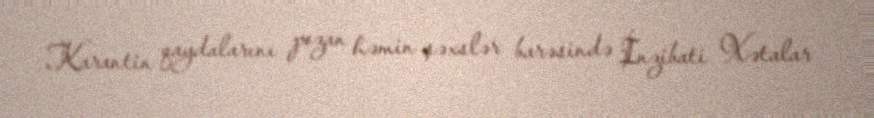
Karantin qaydalarını pozan həmin şəxslər barəsində İnzibati Xətalar